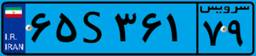
۵۲S۳۴۹۰۲